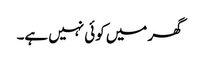
گھر میں کوئی نہیں ہے۔